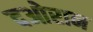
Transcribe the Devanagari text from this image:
दओरान